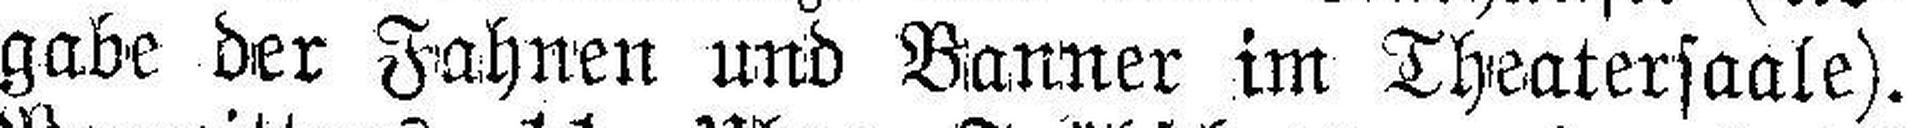
gabe der Fahnen und Banner im Theatersaale).